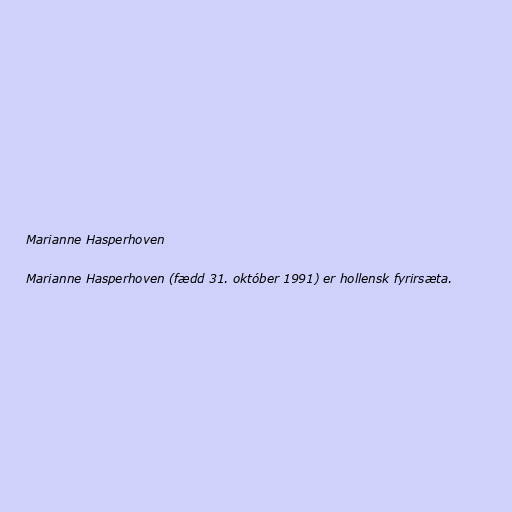
Marianne Hasperhoven

Marianne Hasperhoven (fædd 31. október 1991) er hollensk fyrirsæta.